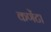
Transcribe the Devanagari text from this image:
कणेंटा